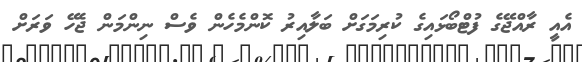
އެއީ ރާއްޖޭގެ ފުޓްބޯޅައިގެ ކުރިމަގަށް ބަލާއިރު ކޮންމެހެން ވެސް ނިންމަން ޖެހޭ ވަރަށް